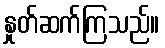
နှုတ်ဆက်ကြသည်။